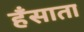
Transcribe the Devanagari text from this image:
हँसाता